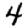
Digit: 4